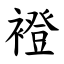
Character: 䙞